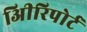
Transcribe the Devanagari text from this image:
अिीरिपोर्ट